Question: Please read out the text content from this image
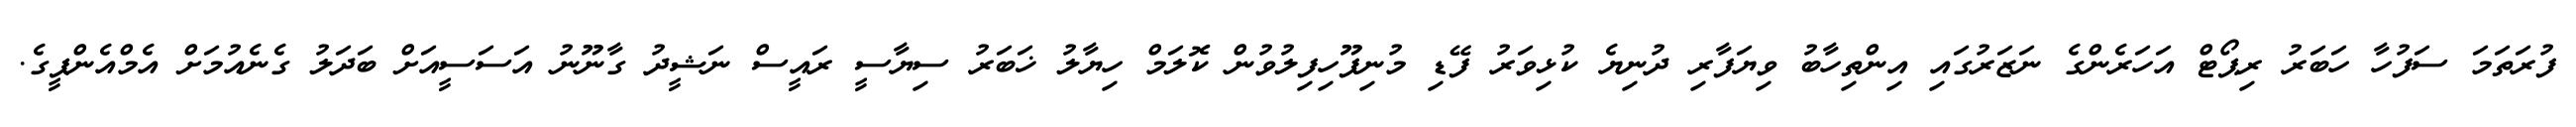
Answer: ފުރަތަމަ ސަފުހާ ހަބަރު ރިޕޯޓް އަހަރެންގެ ނަޒަރުގައި އިންތިހާބު ވިޔަފާރި ދުނިޔެ ކުޅިވަރު ފޭޑި މުނިފޫހިފިލުވުން ކޮލަމް ހިޔާލު ޚަބަރު ސިޔާސީ ރައީސް ނަޝީދު ގާނޫނު އަސަސީއަށް ބަދަލު ގެނެއުމަށް އެމްއެންޕީގެ.